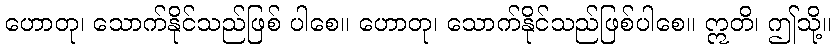
ဟောတု၊ သောက်နိုင်သည်ဖြစ် ပါစေ။ ဟောတု၊ သောက်နိုင်သည်ဖြစ်ပါစေ။ ဣတိ၊ ဤသို့။